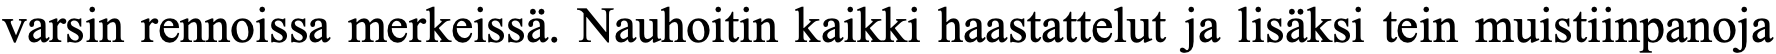
varsin rennoissa merkeissä. Nauhoitin kaikki haastattelut ja lisäksi tein muistiinpanoja